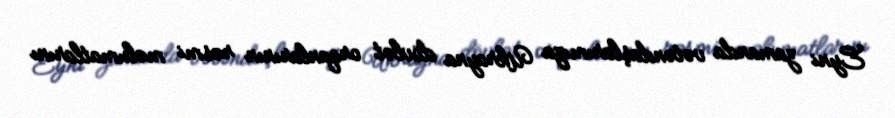
Eyni zamanda vətəndaşlarımıza Ukrayna dövlət orqanlarının rəsmi məlumatlarını